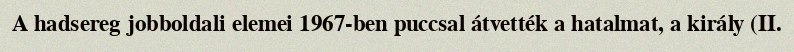
A hadsereg jobboldali elemei 1967-ben puccsal átvették a hatalmat, a király (II.